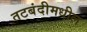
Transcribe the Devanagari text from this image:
तटबंदीमधील